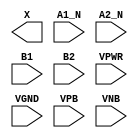
module sky130_fd_sc_ms__o2bb2a (
    X   ,
    A1_N,
    A2_N,
    B1  ,
    B2  ,
    VPWR,
    VGND,
    VPB ,
    VNB
);

    output X   ;
    input  A1_N;
    input  A2_N;
    input  B1  ;
    input  B2  ;
    input  VPWR;
    input  VGND;
    input  VPB ;
    input  VNB ;
endmodule